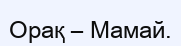
Орақ – Мамай.